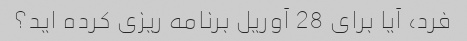
فرد، آیا برای 28 آوریل برنامه ریزی کرده اید؟